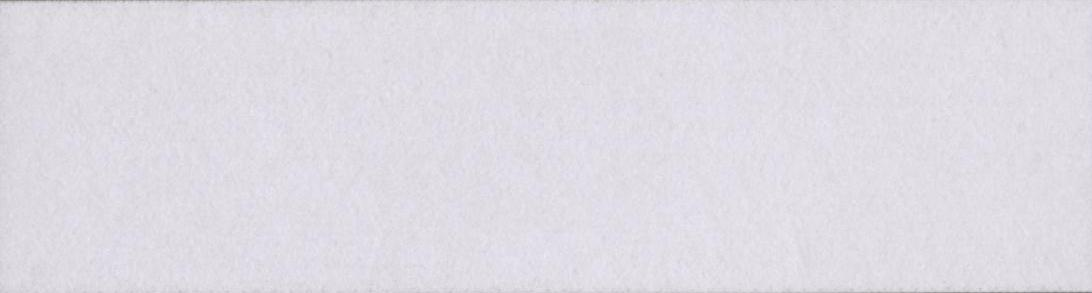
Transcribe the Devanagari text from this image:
समस्तीपुरी